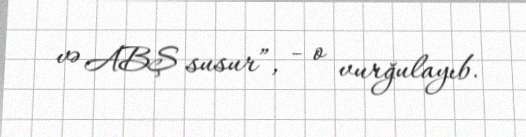
və ABŞ susur”, - o vurğulayıb.